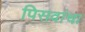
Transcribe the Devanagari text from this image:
पिसवांचा